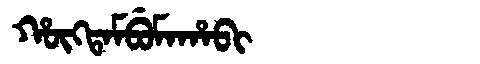
Manchu: ᡥᡡᡴᡨᠠᠮᠪᡠᠮᠠᡥᠠᠪᡳ
Romanization: HŪKTAMBUMAHABI